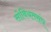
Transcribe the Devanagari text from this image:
सोवियतसंघ